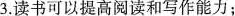
3.读书可以提高阅读和写作能力；